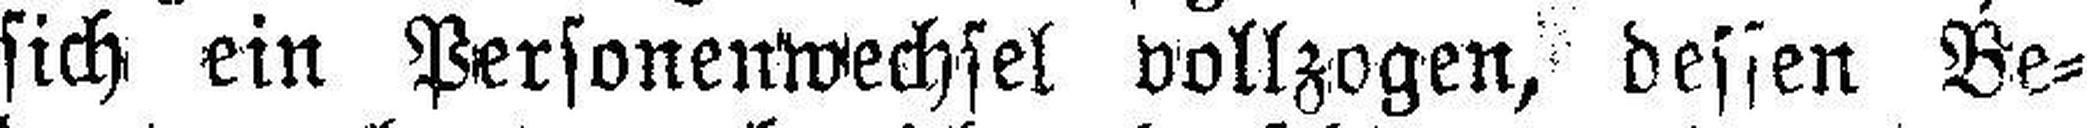
sich ein Personenwechsel vollzogen, dessen Be¬